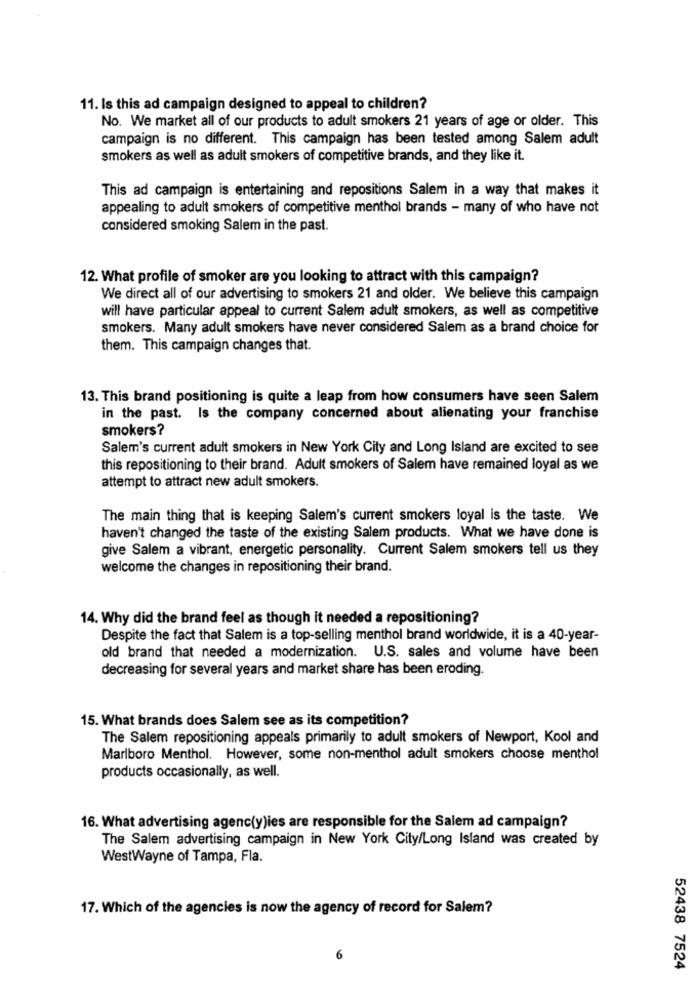
11. Is this ad campaign designed to appeal to children?
No. We market all of our products to adult smokers 21 years of age or older. This
campaign is no different. This campaign has been tested among Salem adult
smokers as well as adult smokers of competitive brands, and they like it.
This ad campaign is entertaining and repositions Salem in a way that makes it
appealing to adult smokers of competitive menthol brands - many of who have not
considered smoking Salem in the past.
12. What profile of smoker are you looking to attract with this campaign?
We direct all of our advertising to smokers 21 and older. We believe this campaign
will have particular appeal to current Salem adult smokers, as well as competitive
smokers. Many adult smokers have never considered Salem as a brand choice for
them. This campaign changes that.
13. This brand positioning is quite a leap from how consumers have seen Salem
in the past. Is the company concerned about alienating your franchise
smokers?
Salem's current adult smokers in New York City and Long Island are excited to see
this repositioning to their brand. Adult smokers of Salem have remained loyal as we
attempt to attract new adult smokers.
The main thing that is keeping Salem's current smokers loyal is the taste. We
haven't changed the taste of the existing Salem products. What we have done is
give Salem a vibrant, energetic personality. Current Salem smokers tell us they
welcome the changes in repositioning their brand.
14. Why did the brand feel as though it needed a repositioning?
Despite the fact that Salem is a top-selling menthol brand worldwide, it is a 40-year-
old brand that needed a modernization. U.S. sales and volume have been
decreasing for several years and market share has been eroding.
15. What brands does Salem see as its competition?
The Salem repositioning appeals primarily to adult smokers of Newport, Kool and
Marlboro Menthol. However, some non-menthol adult smokers choose menthol
products occasionally, as well.
16. What advertising agenc(y)ies are responsible for the Salem ad campaign?
The Salem advertising campaign in New York City/Long Island was created by
WestWayne of Tampa, Fla.
17. Which of the agencies is now the agency of record for Salem?
6
52438 7524